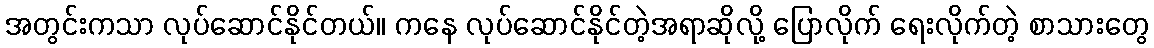
အတွင်းကသာ လုပ်ဆောင်နိုင်တယ်။ ကနေ လုပ်ဆောင်နိုင်တဲ့အရာဆိုလို့ ပြောလိုက် ရေးလိုက်တဲ့ စာသားတွေ